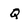
Character: Q